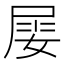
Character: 𡝼